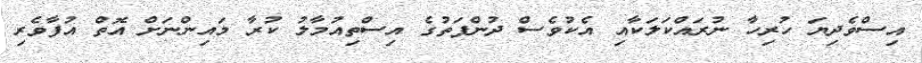
އިސްވެދިޔަ ހުރިހާ ނުރައްކަލަކާއި އެކުވެސް ދުންފަތުގެ އިސްތިއުމާލު ކުރާ މައިންނަށް އޮތް އުފާވެރި